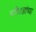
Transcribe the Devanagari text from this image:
गणितज्ञांच्या